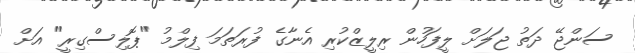
ސަންޖޭ ދަތު ޖަލަށް ލީފަހުން ރިލީޒްކުރި އެނާގެ ފުރަތަމަ ފިލްމު "ޕޮލިސްގިރީ" އަށް